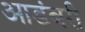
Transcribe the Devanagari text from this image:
आडंबरी